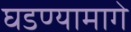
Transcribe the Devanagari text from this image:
घडण्यामागे